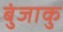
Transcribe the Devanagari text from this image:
बुंजाकु